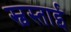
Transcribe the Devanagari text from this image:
स्वस्ताई